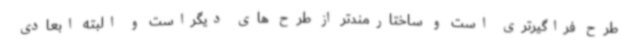
طرح فراگیرتری است و ساختارمندتر از طرح های دیگراست و البته ابعادی